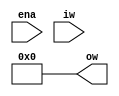
module p10_wrapper (
  input wire ena,
  input wire [17:0] iw,
  output wire [23:0] ow
);

wire _unused = &{iw, 'b0};
assign ow = 24'b0;

endmodule